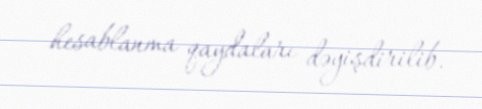
hesablanma qaydaları dəyişdirilib.